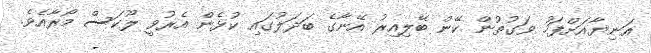
އަނިޔާއަށްފަހު ވަގުތުން ކޭން ބޭލިއިރު އޭނާގެ ބަދަލުގައި ކުޅެން އެރުވީ ލޫކަސް މޯރާއެވެ.